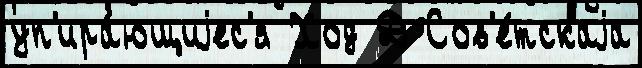
уп'ира́ющиjес'я Ход Д Сов'е́тскаjа